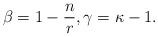
LaTeX: \begin{align*} \beta=1-\frac{n}{r},\gamma=\kappa-1. \end{align*}